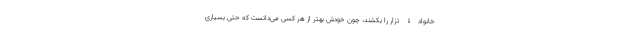
خانوادۀ تزار را بکشند، چون خودش بهتر از هر کسی می‌دانست که حتی بسیاری